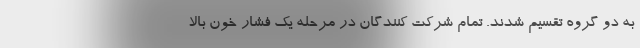
به دو گروه تقسیم شدند. تمام شرکت کنندگان در مرحله یک فشار خون بالا